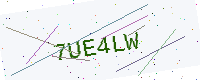
Text: 7UE4LW